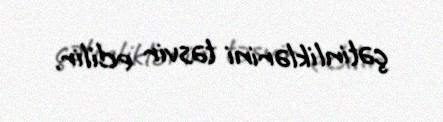
çətinliklərini təsvir edilir.